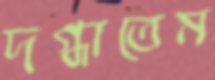
দগ্ধাতেম